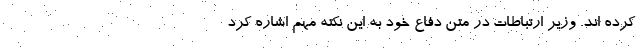
کرده اند. وزیر ارتباطات در متن دفاع خود به این نکته مهم اشاره کرد